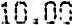
10.00